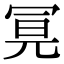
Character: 𭁶